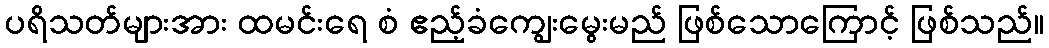
ပရိသတ်များအား ထမင်းရေ စံ ဧည့်ခံကျွေးမွေးမည် ဖြစ်သောကြောင့် ဖြစ်သည်။